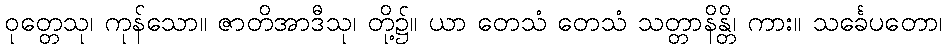
ဝုတ္တေသု၊ ကုန်သော။ ဇာတိအာဒီသု၊ တို့၌။ ယာ တေသံ တေသံ သတ္တာနိန္တိ၊ ကား။ သင်္ခေပတော၊